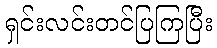
ရှင်းလင်းတင်ပြကြပြီး